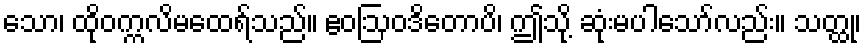
သော၊ ထိုဝက္ကလိမထေရ်သည်။ ဧဝဩဝဒိတောပိ၊ ဤသို့ ဆုံးမပါသော်လည်း။ သတ္ထု၊